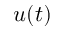
u ( t )